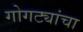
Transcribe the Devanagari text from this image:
गोगट्यांचा